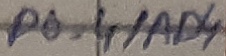
Text: P0.4/AD4